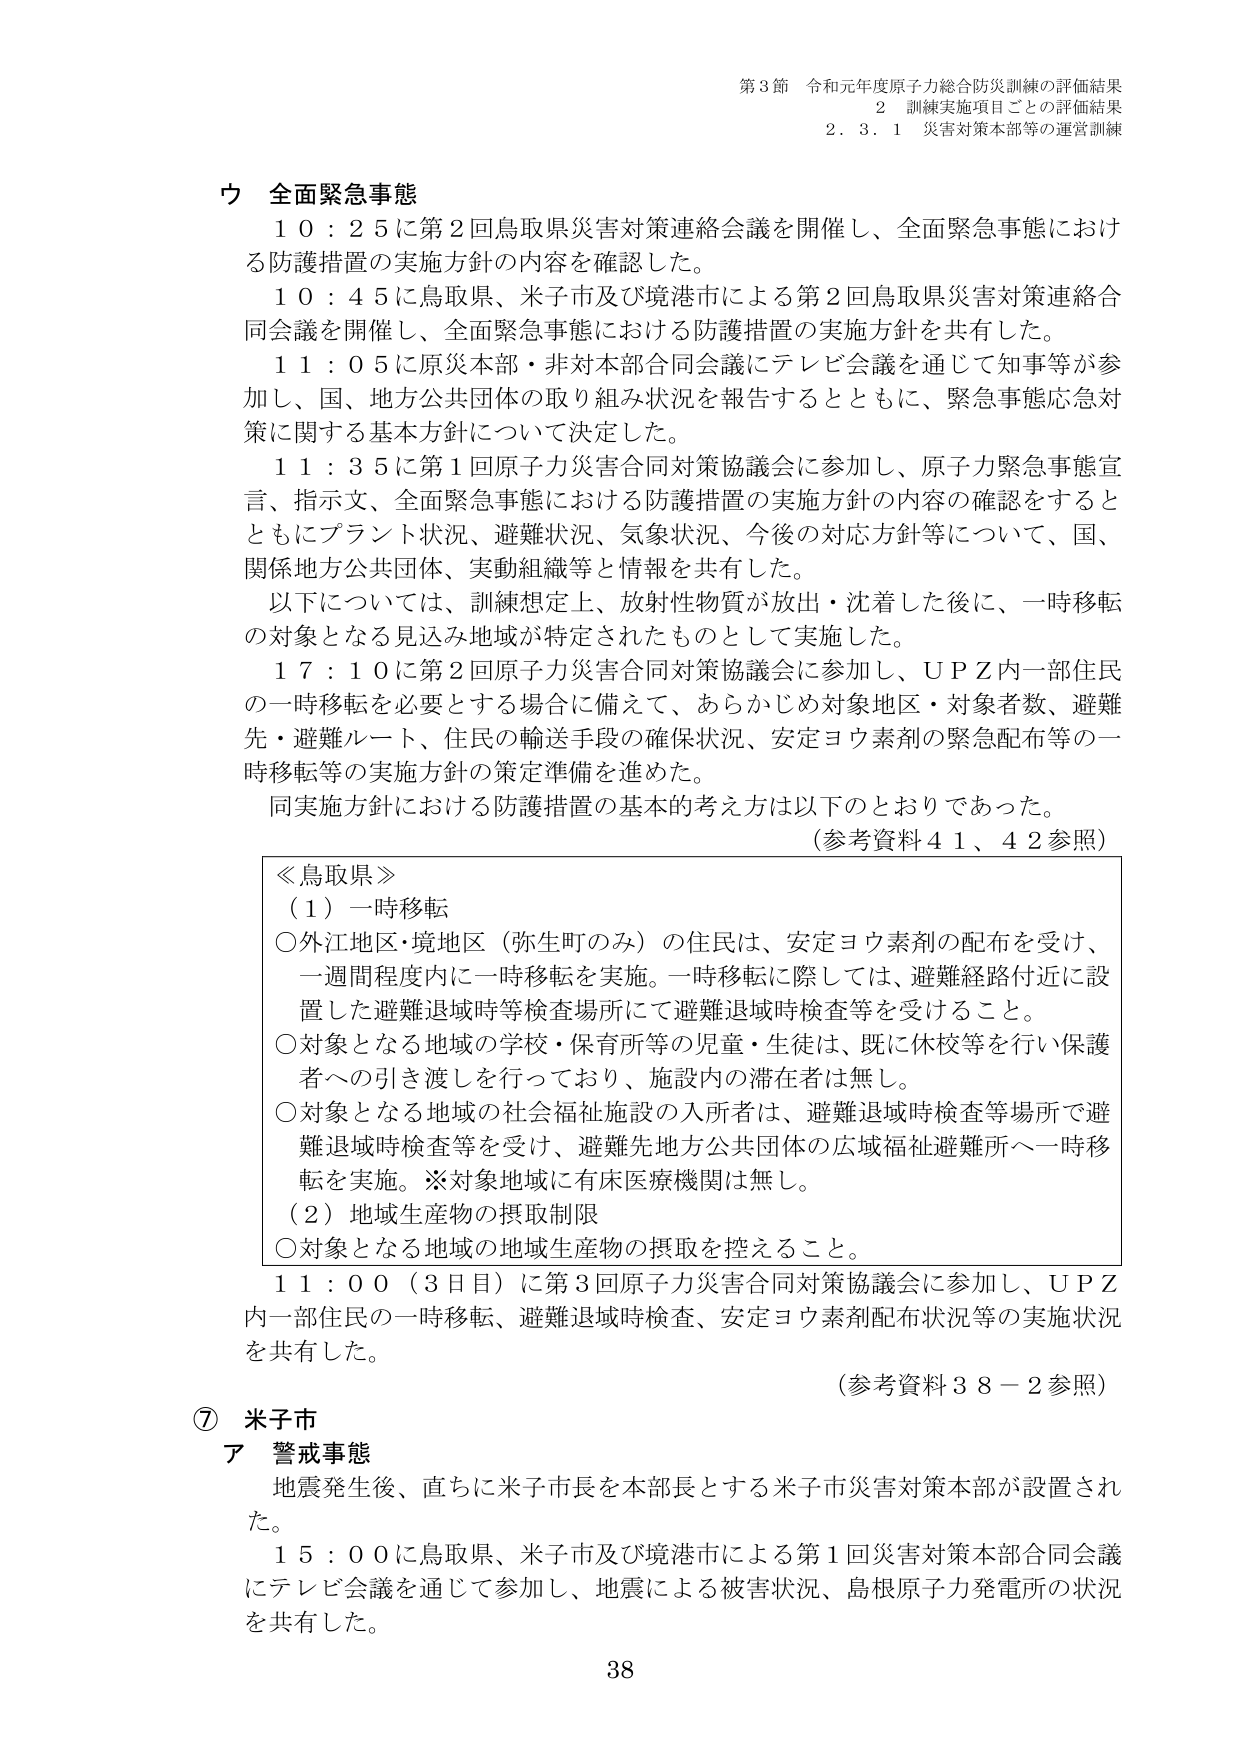
第3節 令和元年度原子力総合防災訓練の評価結果
2 訓練実施項目ごとの評価結果
2.3.1 災害対策本部等の運営訓練

ウ 全面緊急事態
10：25に第2回鳥取県災害対策連絡会議を開催し、全面緊急事態における防護措置の実施方針の内容を確認した。
10：45に鳥取県、米子市及び境港市による第2回鳥取県災害対策連絡合同会議を開催し、全面緊急事態における防護措置の実施方針を共有した。
11：05に原災本部・非対本部合同会議にテレビ会議を通じて知事等が参加し、国、地方公共団体の取り組み状況を報告するとともに、緊急事態応急対策に関する基本方針について決定した。
11：35に第1回原子力災害合同対策協議会に参加し、原子力緊急事態宣言、指示文、全面緊急事態における防護措置の実施方針の内容の確認をするとともにプラント状況、避難状況、気象状況、今後の対応方針等について、国、関係地方公共団体、実動組織等と情報を共有した。
以下については、訓練想定上、放射性物質が放出・沈着した後に、一時移転の対象となる見込み地域が特定されたものとして実施した。
17：10に第2回原子力災害合同対策協議会に参加し、UPZ内一部住民の一時移転を必要とする場合に備えて、あらかじめ対象地区・対象者数、避難先・避難ルート、住民の輸送手段の確保状況、安定ヨウ素剤の緊急配布等の一時移転等の実施方針の策定準備を進めた。
同実施方針における防護措置の基本的考え方は以下のとおりであった。
（参考資料41、42参照）

≪鳥取県≫
（1）一時移転
○外江地区・境地区（弥生町のみ）の住民は、安定ヨウ素剤の配布を受け、一週間程度内に一時移転を実施。一時移転に際しては、避難経路付近に設置した避難退域時等検査場所にて避難退域時検査等を受けること。
○対象となる地域の学校・保育所等の児童・生徒は、既に休校等を行い保護者への引き渡しを行っており、施設内の滞在者は無し。
○対象となる地域の社会福祉施設の入所者は、避難退域時検査等場所で避難退域時検査等を受け、避難先地方公共団体の広域福祉避難所へ一時移転を実施。※対象地域に有床医療機関は無し。
（2）地域生産物の摂取制限
○対象となる地域の地域生産物の摂取を控えること。

11：00（3日目）に第3回原子力災害合同対策協議会に参加し、UPZ内一部住民の一時移転、避難退域時検査、安定ヨウ素剤配布状況等の実施状況を共有した。
（参考資料38－2参照）

⑦ 米子市
ア 警戒事態
地震発生後、直ちに米子市長を本部長とする米子市災害対策本部が設置された。
15：00に鳥取県、米子市及び境港市による第1回災害対策本部合同会議にテレビ会議を通じて参加し、地震による被害状況、島根原子力発電所の状況を共有した。

38